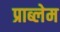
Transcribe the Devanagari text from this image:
प्राब्लेम